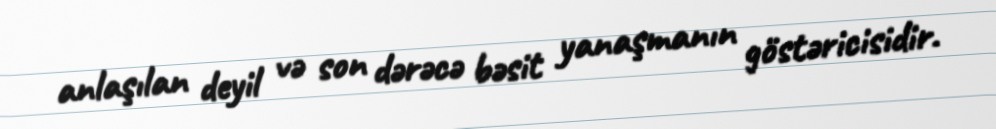
anlaşılan deyil və son dərəcə bəsit yanaşmanın göstəricisidir.